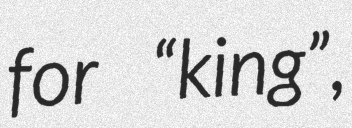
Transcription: for “king”,